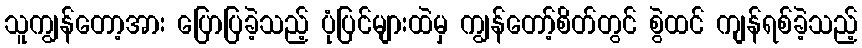
သူကျွန်တော့အား ပြောပြခဲ့သည့် ပုံပြင်များထဲမှ ကျွန်တော့်စိတ်တွင် စွဲထင် ကျန်ရစ်ခဲ့သည့်